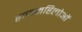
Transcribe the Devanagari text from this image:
राजमहिलोओं